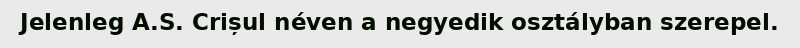
Jelenleg A.S. Crișul néven a negyedik osztályban szerepel.